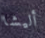
أليشا